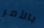
بالأمر